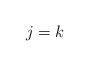
LaTeX: \begin{align*} j = k\end{align*}